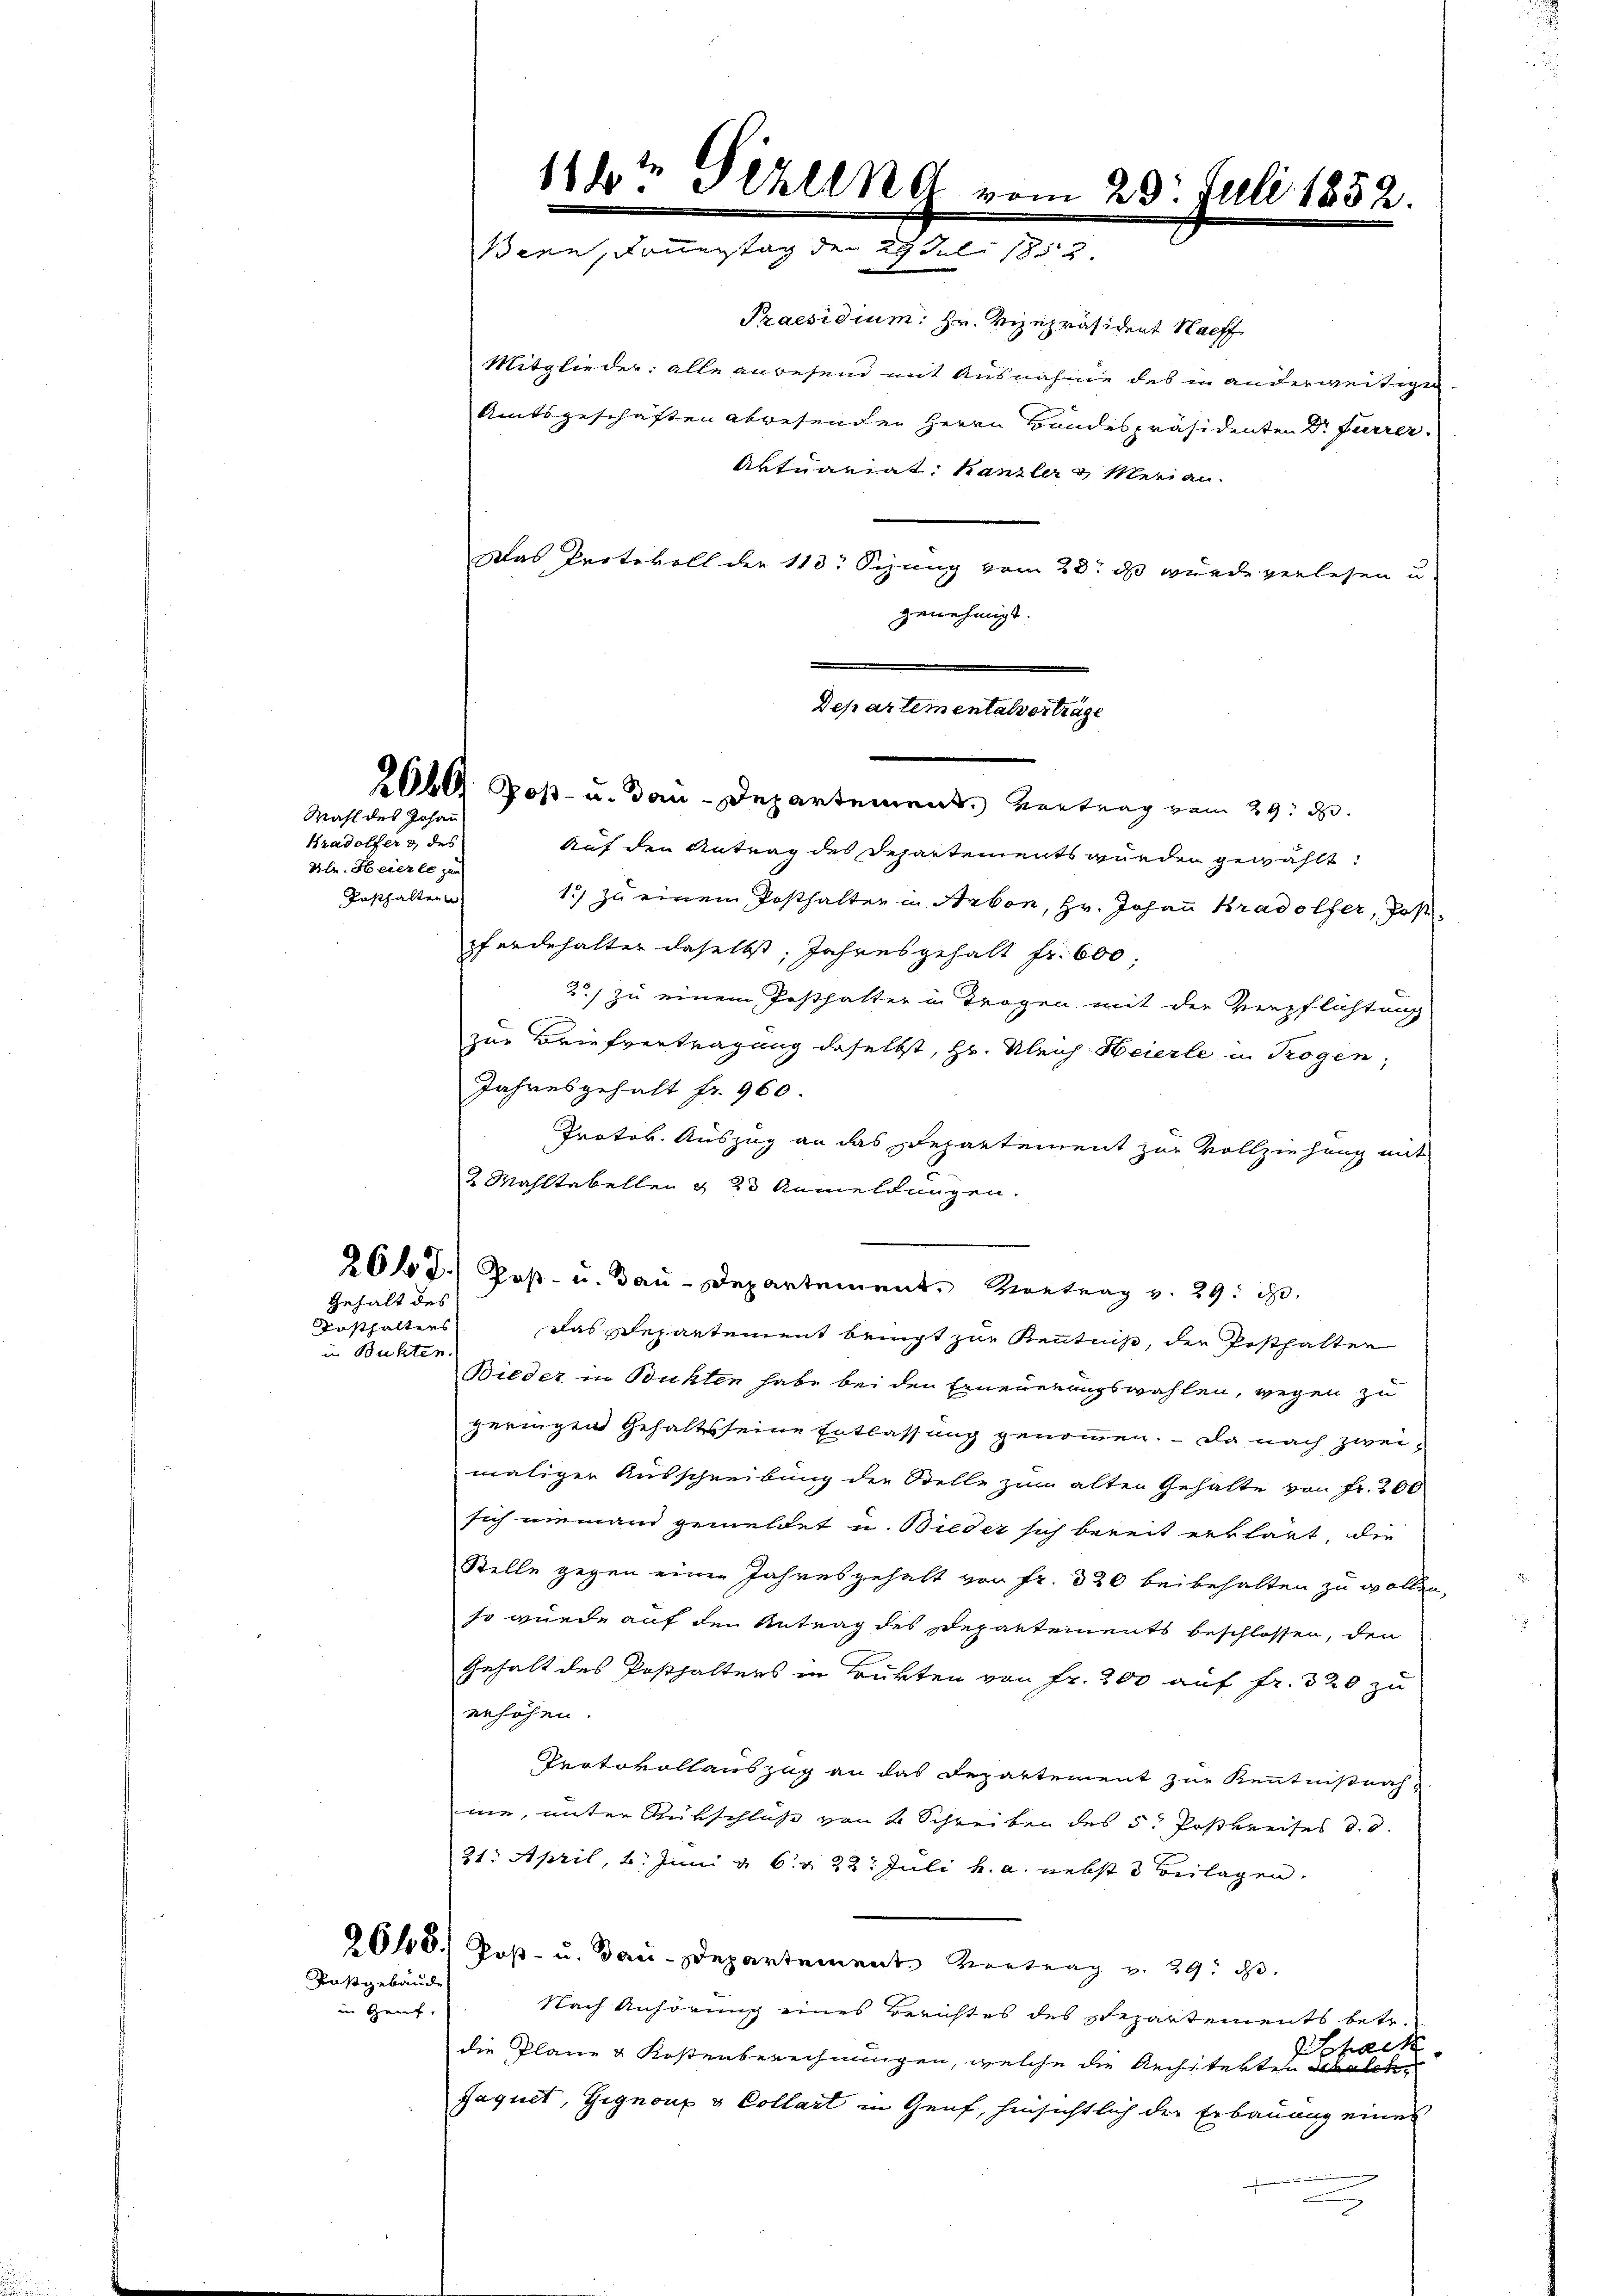
Kradolfer 3 des
Kle. Heierle zur
unsthalten

Gehalt des

Posthaltens
Buhten.

Rasgebäude

in Genf, |

Mahl des Johann

Praesidium: Hr. Vizepräsident Nachf
Mitglieder: alle anwesend mit Ausnahme des in anderweitigen
Amtsgeschäften abwesenden Herrn Bandespräsidenten Dr. Furrer.
Aktuariat Kanzler & Merian.
Das Protokoll der 118. Sizung vom 23. ds wurde verlesen u.
genehmigt.
.
Auf den Antrag des Departements wurden gewählt:
1) zu einem Posthalten in Arbon, Hr. Johann Bradolfer, Jose
pferdehalter daselbst, Jahresgehalt fr. 600,
2) zu einem Posthalter in Trogen mit der Verpflichtung
zur Briefvertragung daselbst, Hr. Gleich Heierle in Trogen;
Jahresgehalt fr. 960.
Protok. Auszug an das Departement zur Vollziehung mit
2 Mahltabellen & 23 Anmeldungen.
e
266 f.) Post- u. Bau-Departement. Montrag v. 29. d.
Das Departement bringt zur Kenntniß, der Posthalten
Bieder in Bukten habe bei den Erneuerungswahlen, wegen zu
geringen Gehaltsseine Entlassung genommen. – Da nach zweimaliger Ausschreibung der Stelle zum alten Gehalte von Fr. 200
sich niemand gemeldet u. Bieder sich bereit erklärt, die
Stelle gegen einen Jahresgehalt von Fr. 320 beibehalten zu wollen,
so wurde auf den Antrag des Departements beschlossen, den
Gehalt des Posthalters in Trükten von Fr. 200 auf fr. 320 zu
erhöhen.
Protokollauszug an das Departement zur Kenntnißnahme, unter Rükschluß von 4 Schreiben des 5. Postkreises d. d.
21. April, 6. Juni v. 6. d. 22. Juli h. a. nebst 3 Beilagen.
2040.) Poβ- u. Bau-Departement. Vertrag v. 29. d.
Nach Anhörung eines Berichtes des Departements betr.
hack
die Pläne & Kostenberechnungen, welche die Architerten Malen
Jaquet, Gignoux u Collart in Genf, hinsichtlich der Erbauung eines
u

114t Fehlend vom 23. Juli 1852.
u
Bern, Dauerstag den 29. Juli 1852

Departementalverträge
2060 Post- u. dau-Departement. Vortrag vom 29. d.